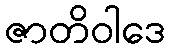
ဇာတိဝါဒေ